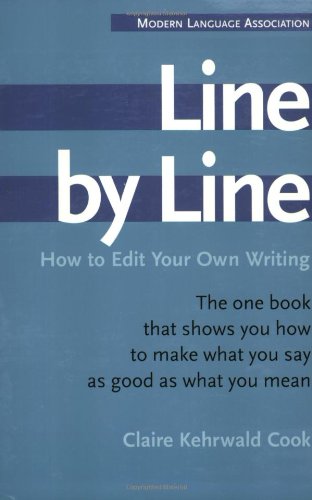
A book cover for Line by Line: How to Edit Your Own Writing; Claire Kehrwald Cook; Medical Books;